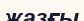
жазғы